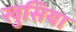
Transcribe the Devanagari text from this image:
खुसिया